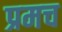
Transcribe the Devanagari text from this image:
प्रमच